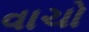
વાચો